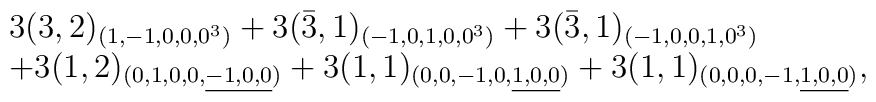
\begin{array}{l}3(3,2)_{(1,-1,0,0,0^3)}+3(\bar{3},1)_{(-1,0,1,0,0^3)}+3(\bar{3},1)_{(-1,0,0,1,0^3)}  \\+3(1,2)_{(0,1,0,0,\underline{-1,0,0})}+3(1,1)_{(0,0,-1,0,\underline{1,0,0})}+3(1,1)_{(0,0,0,-1,\underline{1,0,0})},\end{array}